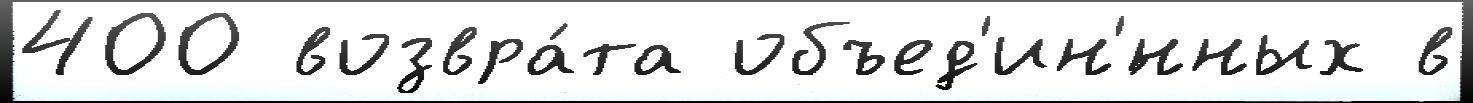
400 возвра́та объед'ин'́нных в